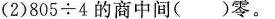
(2)805$${\div} 4$$的商中间( )零。